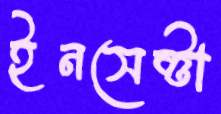
ইনসেক্টা